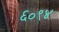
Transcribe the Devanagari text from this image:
६०९४